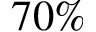
7 0 \%